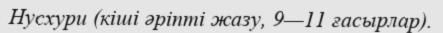
Нусхури (кіші әріпті жазу, 9—11 ғасырлар).